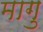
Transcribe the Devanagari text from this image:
मागु